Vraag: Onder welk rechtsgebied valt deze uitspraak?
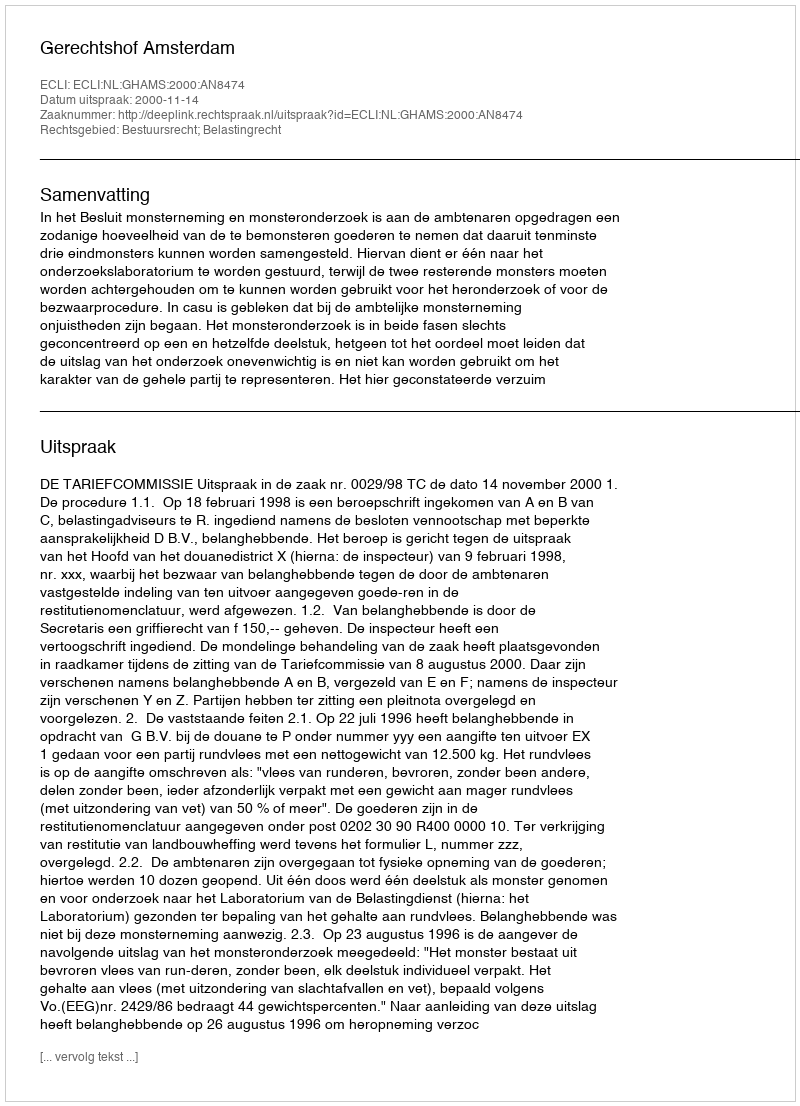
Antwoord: Bestuursrecht; Belastingrecht